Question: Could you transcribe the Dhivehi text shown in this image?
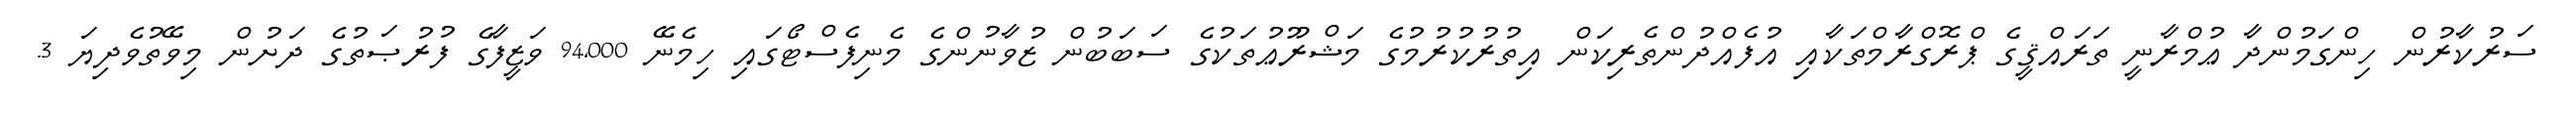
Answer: ސަރުކާރުން ހިންގަމުންދާ ޢުމްރާނީ ތަރައްޤީގެ ޕްރޮގްރާމްތަކާއި އުފެއްދުންތެރިކަން އިތުރުކުރުމުގެ މަޝްރޫޢުތަކުގެ ސަބަބުން ޒުވާނުންގެ މެނިފެސްޓޯގައި ހިމެނޭ 94,000 ވަޒީފާގެ ފުރުޞަތުގެ ދަށުން މިވޭތުވެދިޔަ 3.